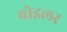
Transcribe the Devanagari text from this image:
बोइलर